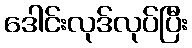
ဒေါင်းလုဒ်လုပ်ပြီး